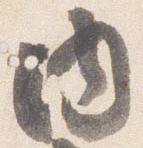
内